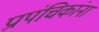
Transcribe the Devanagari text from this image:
प्रापंचिकांना